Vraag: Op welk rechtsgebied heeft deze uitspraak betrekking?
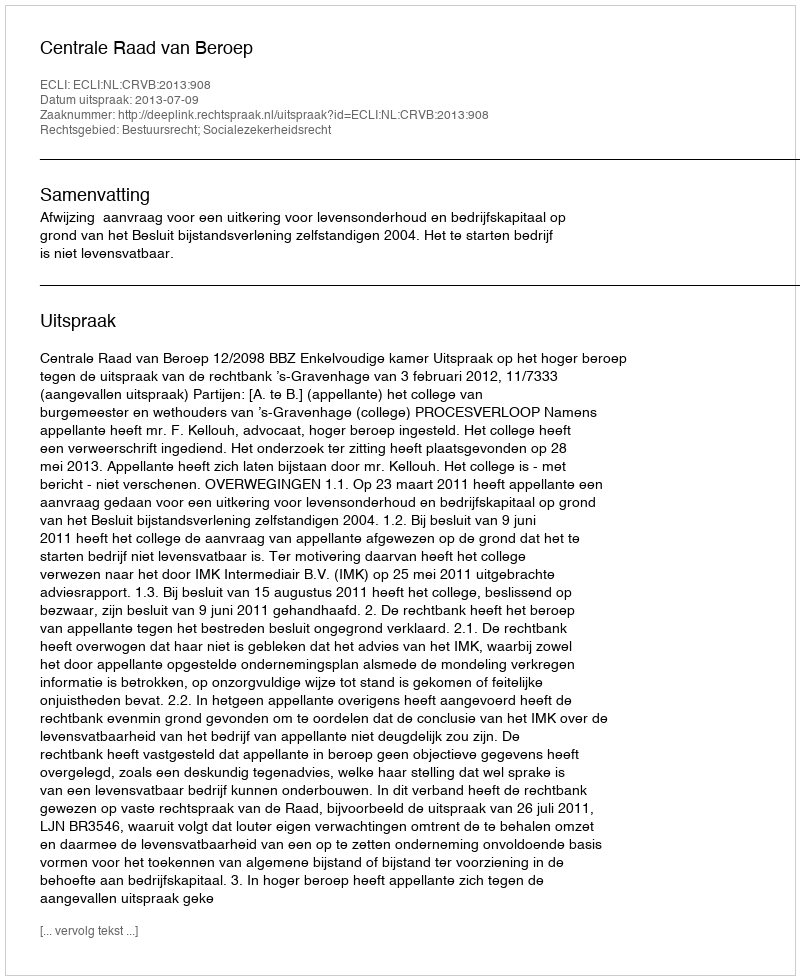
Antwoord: Bestuursrecht; Socialezekerheidsrecht